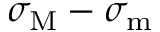
\sigma _ { \mathrm { M } } - \sigma _ { \mathrm { m } }